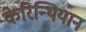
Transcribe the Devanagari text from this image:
केरिन्थियान